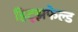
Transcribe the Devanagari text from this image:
हिट्झफेल्ड